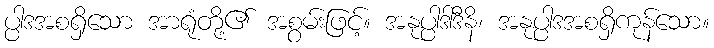
ပ္ပါဒအစရှိသော အာရုံတို့၏ အစွမ်းဖြင့်။ အနုပ္ပါဒါဒီနိ၊ အနုပ္ပါဒအစရှိကုန်သော။